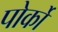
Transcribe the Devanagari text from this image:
पोर्को